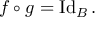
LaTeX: f \circ g = \operatorname { I d } _ { B } .